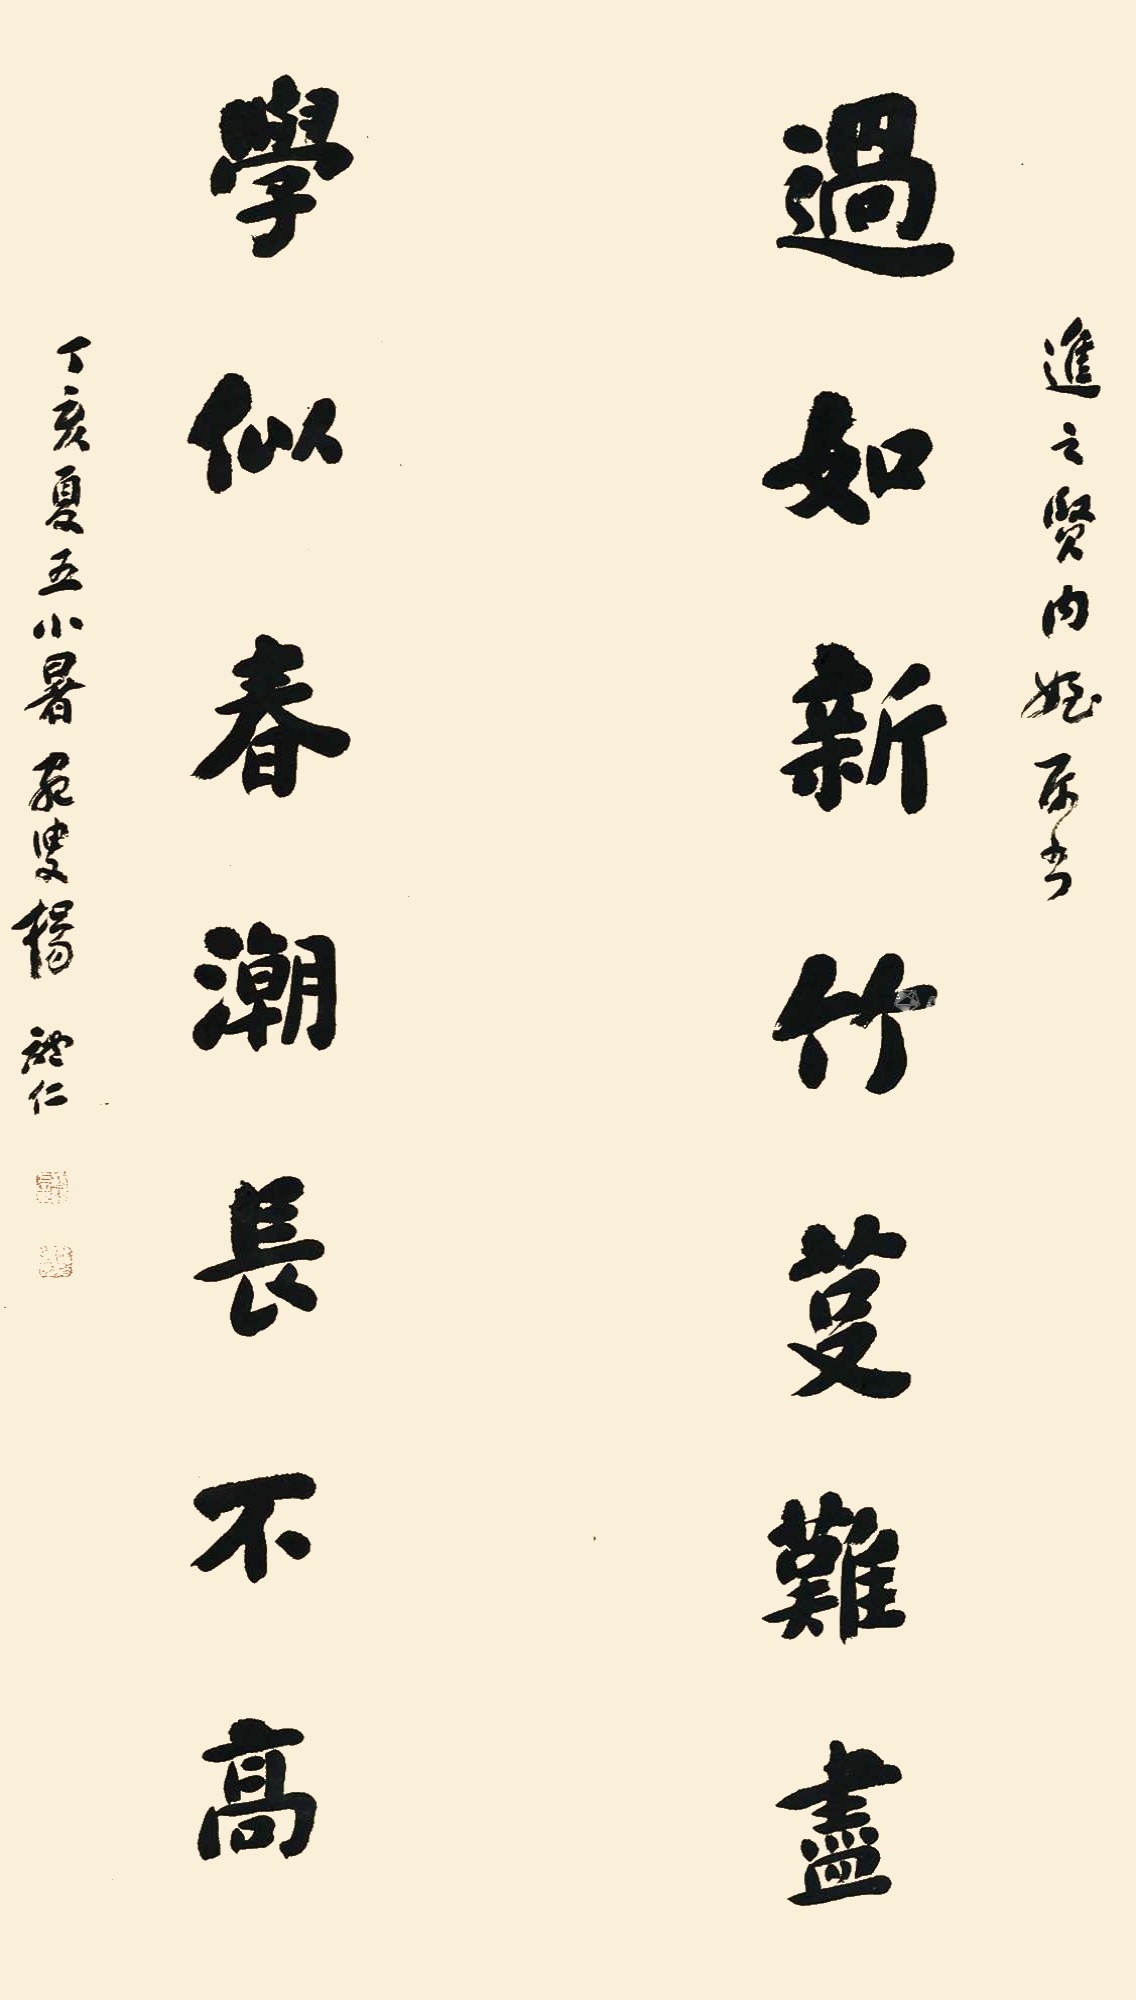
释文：过如新竹芟难尽，学似春潮长不高。近之贤内侄属书，丁亥夏五小暑，宛叟杨体仁。